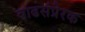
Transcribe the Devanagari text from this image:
वाढसंप्रेरक